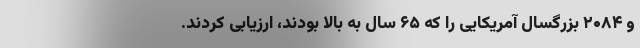
و ۲۰۸۴ بزرگسال آمریکایی را که ۶۵ سال به بالا بودند، ارزیابی کردند.